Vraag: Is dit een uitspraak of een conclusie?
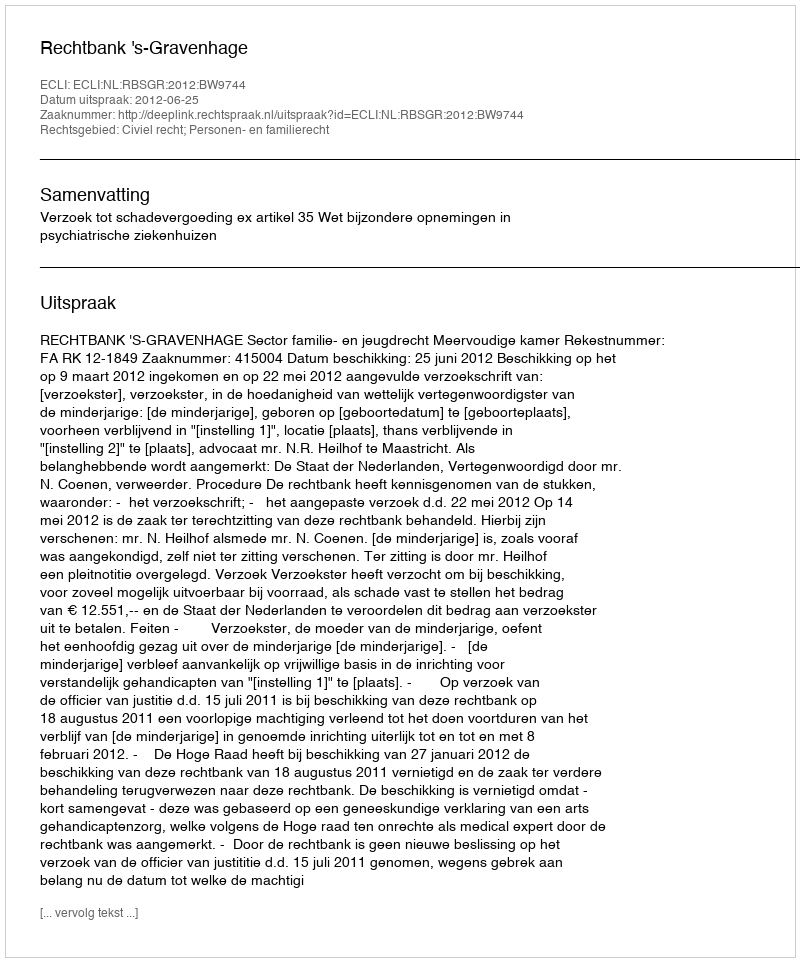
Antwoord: Uitspraak